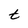
Character: t